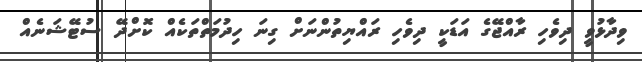
ވިދާޅުވީ ދިވެހި ރާއްޖޭގެ އަޑަކީ ދިވެހި ރައްޔިތުންނަށް ގިނަ ހިދުމަތްތަކެއް ކޮށްދޭ ސުޓޭޝަނެއް